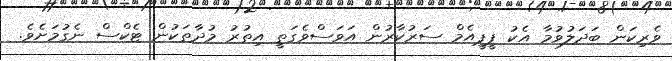
ވެރިކަން ބަދަލުވުމާ އެކު ޕީޕީއެމް ސަރުކާރުން އަވަސްވެގަތީ އިތުރު މުދާތަކުން ޓެކްސް ނެގުމަށެވެ.